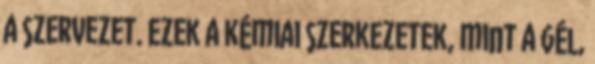
a szervezet. Ezek a kémiai szerkezetek, mint a gél,